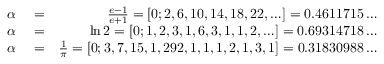
\begin{array} { r l r } { \alpha } & { { } = } & { \frac { e - 1 } { e + 1 } = [ 0 ; 2 , 6 , 1 0 , 1 4 , 1 8 , 2 2 , \ldots ] = 0 . 4 6 1 1 7 1 5 \ldots } \\ { \alpha } & { { } = } & { \ln 2 = [ 0 ; 1 , 2 , 3 , 1 , 6 , 3 , 1 , 1 , 2 , \ldots ] = 0 . 6 9 3 1 4 7 1 8 \ldots } \\ { \alpha } & { { } = } & { \frac { 1 } { \pi } = [ 0 ; 3 , 7 , 1 5 , 1 , 2 9 2 , 1 , 1 , 1 , 2 , 1 , 3 , 1 ] = 0 . 3 1 8 3 0 9 8 8 \ldots } \end{array}